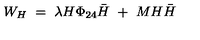
W _ { H } \ = \ \lambda H \Phi _ { 2 4 } { \bar { H } } \ + \ M H { \bar { H } }